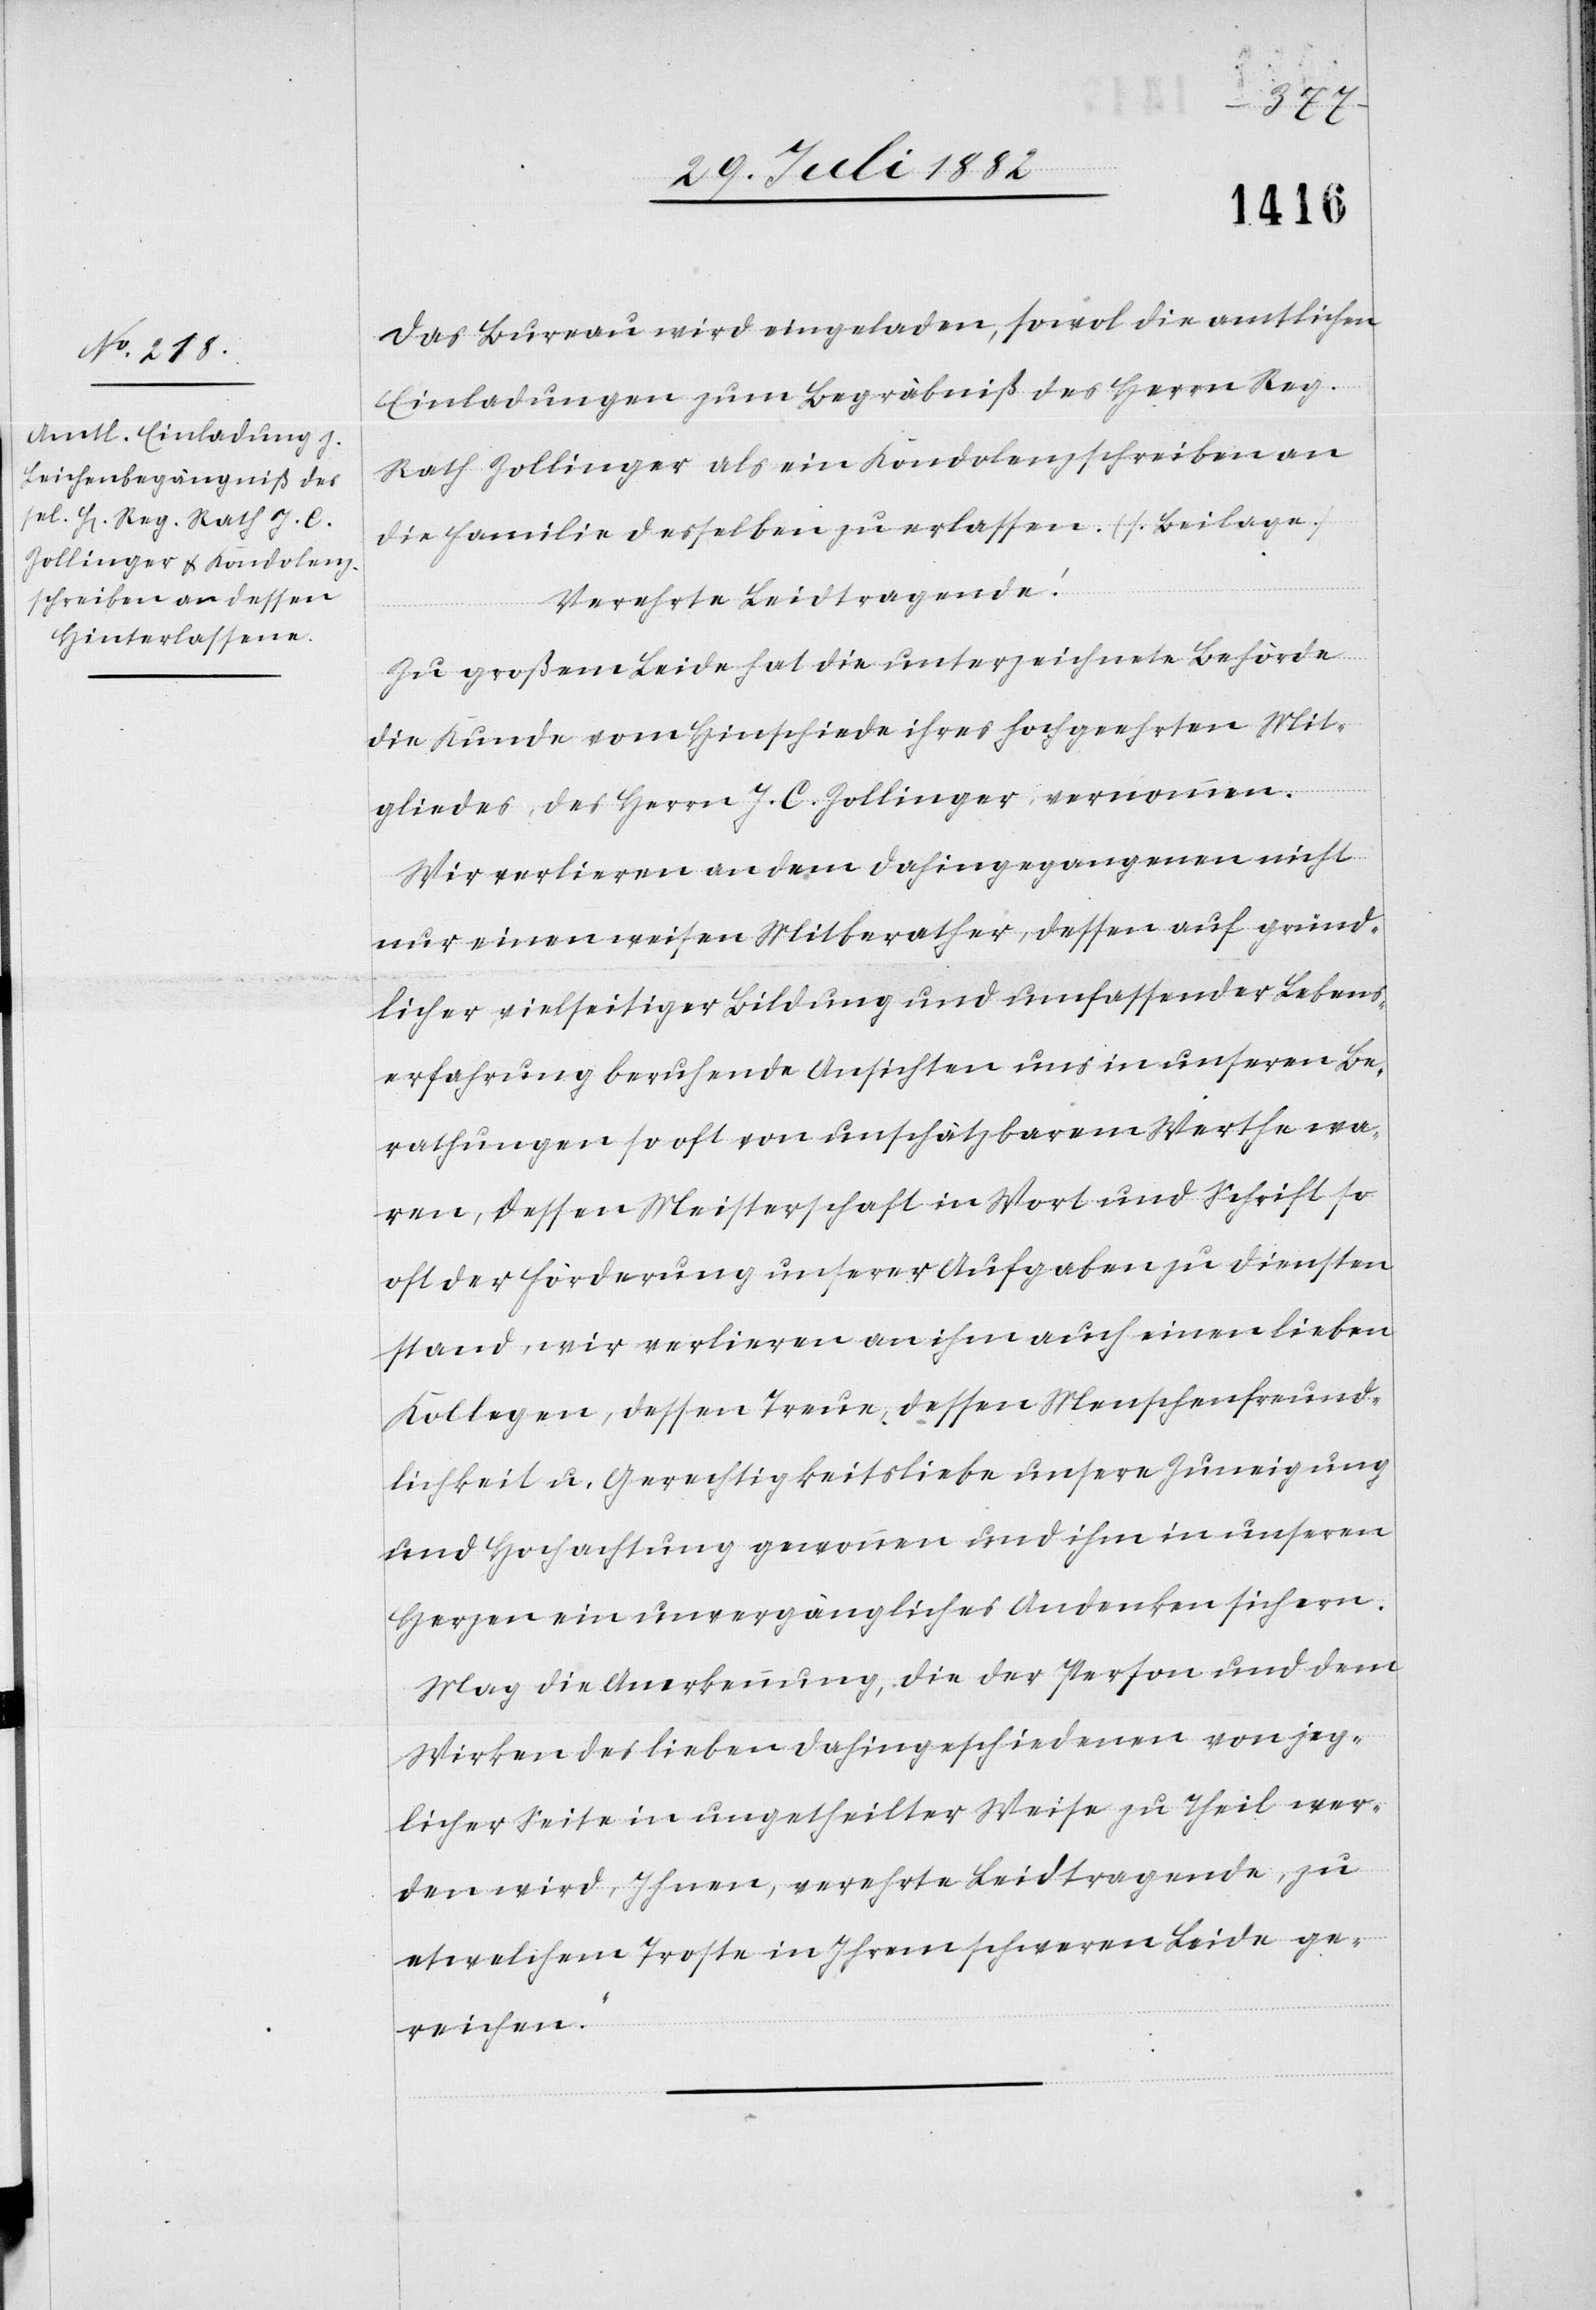
Das Bureau wird eingeladen, sowol die amtlichen
Einladungen zum Begräbniß des Herrn Reg.
Rath Zollinger als ein Kondolenzschreiben an
die Familie desselben zu erlassen. (s. Beilage.)
Verehrte Leidtragende!
Zu großem Leide hat die unterzeichnete Behörde
die Kunde vom Hinschiede ihres hochgeehrten Mit¬
gliedes, des Herrn J. C. Zollinger, vernommen.
Wir verlieren an dem Dahingegangenen nicht
nur einen weisen Mitberather, dessen auf gründ¬
licher, vielseitiger Bildung und umfassender Lebens¬
erfahrung beruhende Ansichten uns in unseren Be¬
rathungen so oft von unschätzbarem Werthe wa¬
ren, dessen Meisterschaft in Wort und Schrift so
oft der Förderung unserer Aufgaben zu Diensten
stand, wir verlieren an ihm auch einen lieben
Kollegen, dessen Treue, dessen Menschenfreund¬
lichkeit u. Gerechtigkeitsliebe unsere Zuneigung
und Hochachtung gewonnen und ihm in unseren
Herzen ein unvergängliches Andenken sichern.
Mag die Anerkennung, die der Person und dem
Wirken des lieben Dahingeschiedenen von jeg¬
licher Seite in ungetheilter Weise zu Theil wer¬
den wird, Ihnen, verehrte Leidtragende, zu
etwelchem Troste in Ihrem schweren Leide ge¬
reichen.